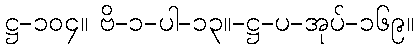
ဋ္ဌ-၁၀၄။ ဗိ-၁-ပါ-၁၃။-ဋ္ဌ-ပ-အုပ်-၁၆၉။